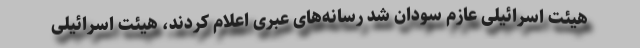
هیئت اسرائیلی عازم سودان شد رسانه‌های عبری اعلام کردند، هیئت اسرائیلی